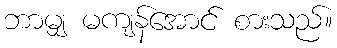
ဘာမျှ မကျန်အောင် စားသည်။